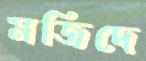
মজিদে